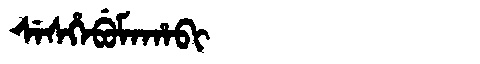
Manchu: ᠰᡝᠰᡥᡝᠪᡠᠮᠠᡥᠠᠪᡳ
Romanization: SESHEBUMAHABI